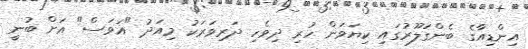
އިންޑިއާގެ ބެންގަލޫރުގައި ކިޔަވަން ހުރި ދިވެހި ދަރިވަރަކު މިއަދު "އަވަސް" އަށް ބުނީ